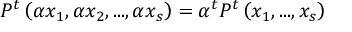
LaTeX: P ^ { t } \left( \alpha x _ { 1 } , \alpha x _ { 2 } , . . . , \alpha x _ { s } \right) = { \alpha } ^ { t } P ^ { t } \left( x _ { 1 } , . . . , x _ { s } \right)